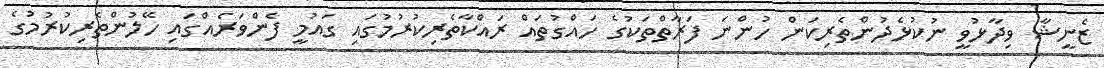
ޒެނީޝާ ވިދާޅުވީ ނުކުޅެދުންތެރިކަން ހުންނަ ފަރާތްތަކުގެ ހައްގުތައް ރައްކާތެރިކުރުމުގައި ގައުމީ ފެންވަރެއްގައި ހޭލުންތެރިކުރުމުގެ